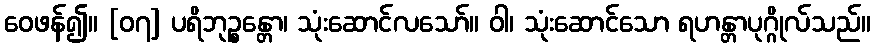
ဝေဖန်၍။ [၀၇] ပရိဘုဉ္စန္တော၊ သုံးဆောင်လသော်။ ဝါ၊ သုံးဆောင်သော ရဟန္တာပုဂ္ဂိုလ်သည်။